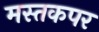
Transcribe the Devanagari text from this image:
मस्तकपर